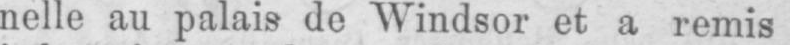
nelle au palais de Windsor et a remis